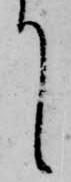
て